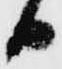
日